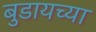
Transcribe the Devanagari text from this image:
बुडायच्या